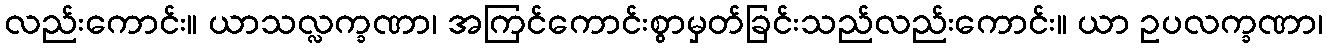
လည်းကောင်း။ ယာသလ္လက္ခဏာ၊ အကြင်ကောင်းစွာမှတ်ခြင်းသည်လည်းကောင်း။ ယာ ဥပလက္ခဏာ၊